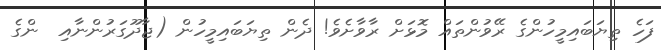
ފަހެ ތިޔަބައިމީހުންގެ ރޭވުންތައް މޮޅަށް ރާވާށެވެ! ދެން ތިޔަބައިމީހުން (ޖާދޫގަރުންނާއި  ންގެ